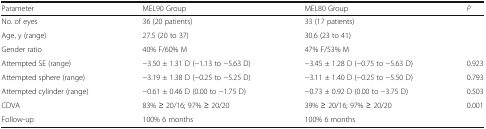
<table><thead><tr><td><b>Parameter</b></td><td><b>MEL90 Group</b></td><td><b>MEL80 Group</b></td><td><b><i>P</i></b></td></tr></thead><tbody><tr><td>No. of eyes</td><td>36 (20 patients)</td><td>33 (17 patients)</td><td></td></tr><tr><td>Age, y (range)</td><td>27.5 (20 to 37)</td><td>30.6 (23 to 41)</td><td></td></tr><tr><td>Gender ratio</td><td>40% F/60% M</td><td>47% F/53% M</td><td></td></tr><tr><td>Attempted SE (range)</td><td>−3.50 ± 1.31 D (−1.13 to −5.63 D)</td><td>−3.45 ± 1.28 D (−0.75 to −5.63 D)</td><td>0.923</td></tr><tr><td>Attempted sphere (range)</td><td>−3.19 ± 1.38 D (−0.25 to −5.25 D)</td><td>−3.11 ± 1.40 D (−0.25 to −5.50 D)</td><td>0.793</td></tr><tr><td>Attempted cylinder (range)</td><td>−0.61 ± 0.46 D (0.00 to −1.75 D)</td><td>−0.73 ± 0.92 D (0.00 to −3.75 D)</td><td>0.503</td></tr><tr><td>CDVA</td><td>83% ≥ 20/16; 97% ≥ 20/20</td><td>39% ≥ 20/16; 97% ≥ 20/20</td><td>0.001</td></tr><tr><td>Follow-up</td><td>100% 6 months</td><td>100% 6 months</td><td></td></tr></tbody></table>